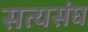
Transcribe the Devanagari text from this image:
सत्यसंघ